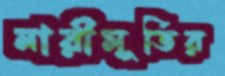
নারীমূর্তির